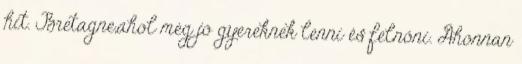
hit. Bretagne,ahol még jó gyereknek lenni és felnőni. Ahonnan